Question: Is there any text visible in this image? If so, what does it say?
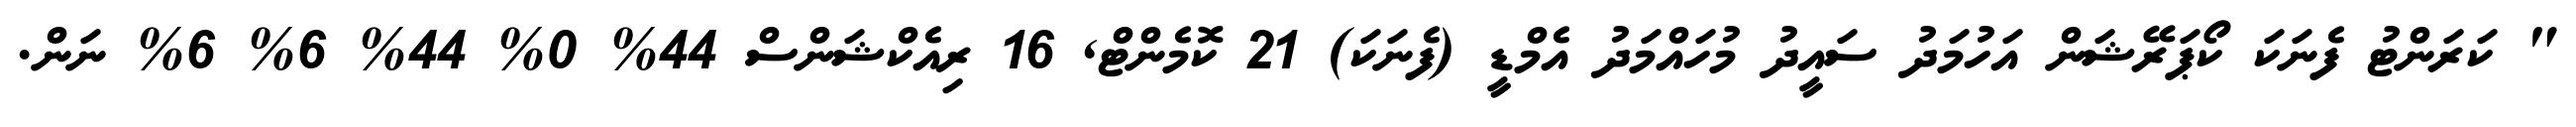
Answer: " ކަރަންޓު ފެނަކަ ކޯޕަރޭޝަން އަހުމަދު ސައީދު މުހައްމަދު އެމްޑީ (ފެނަކަ) 21 ކޮމެންޓް, 16 ރިއެކްޝަންސް 44% 0% 44% 6% 6% ނަން.